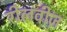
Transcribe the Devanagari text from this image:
रीलवीज़